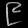
Digit: ၉